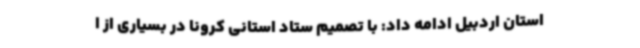
استان اردبیل ادامه داد: با تصمیم ستاد استانی کرونا در بسیاری از ا